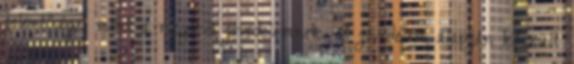
jelentősége, mint a meglévő jövedelemnek. A jövedelem alapján készült